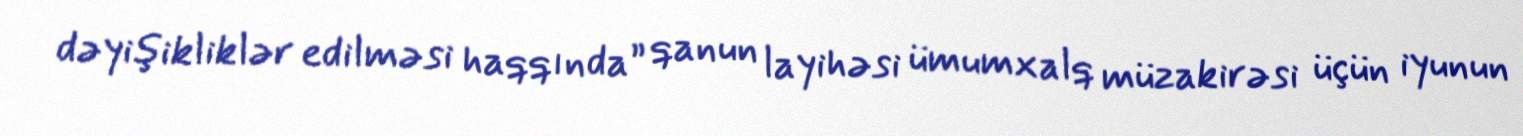
dəyişikliklər edilməsi haqqında” qanun layihəsi ümumxalq müzakirəsi üçün iyunun